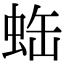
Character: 𧊦